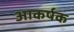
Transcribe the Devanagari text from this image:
आकर्षक